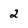
Character: 2